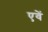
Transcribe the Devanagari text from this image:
एवें